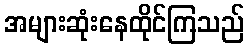
အများဆုံးနေထိုင်ကြသည်